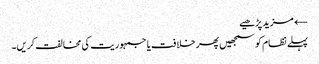
← مزید پڑھیے
پہلے نظام کو سمجھیں پھر خلافت یا جمہوریت کی مخالفت کریں۔